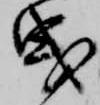
曳